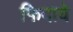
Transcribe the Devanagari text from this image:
फिदाये